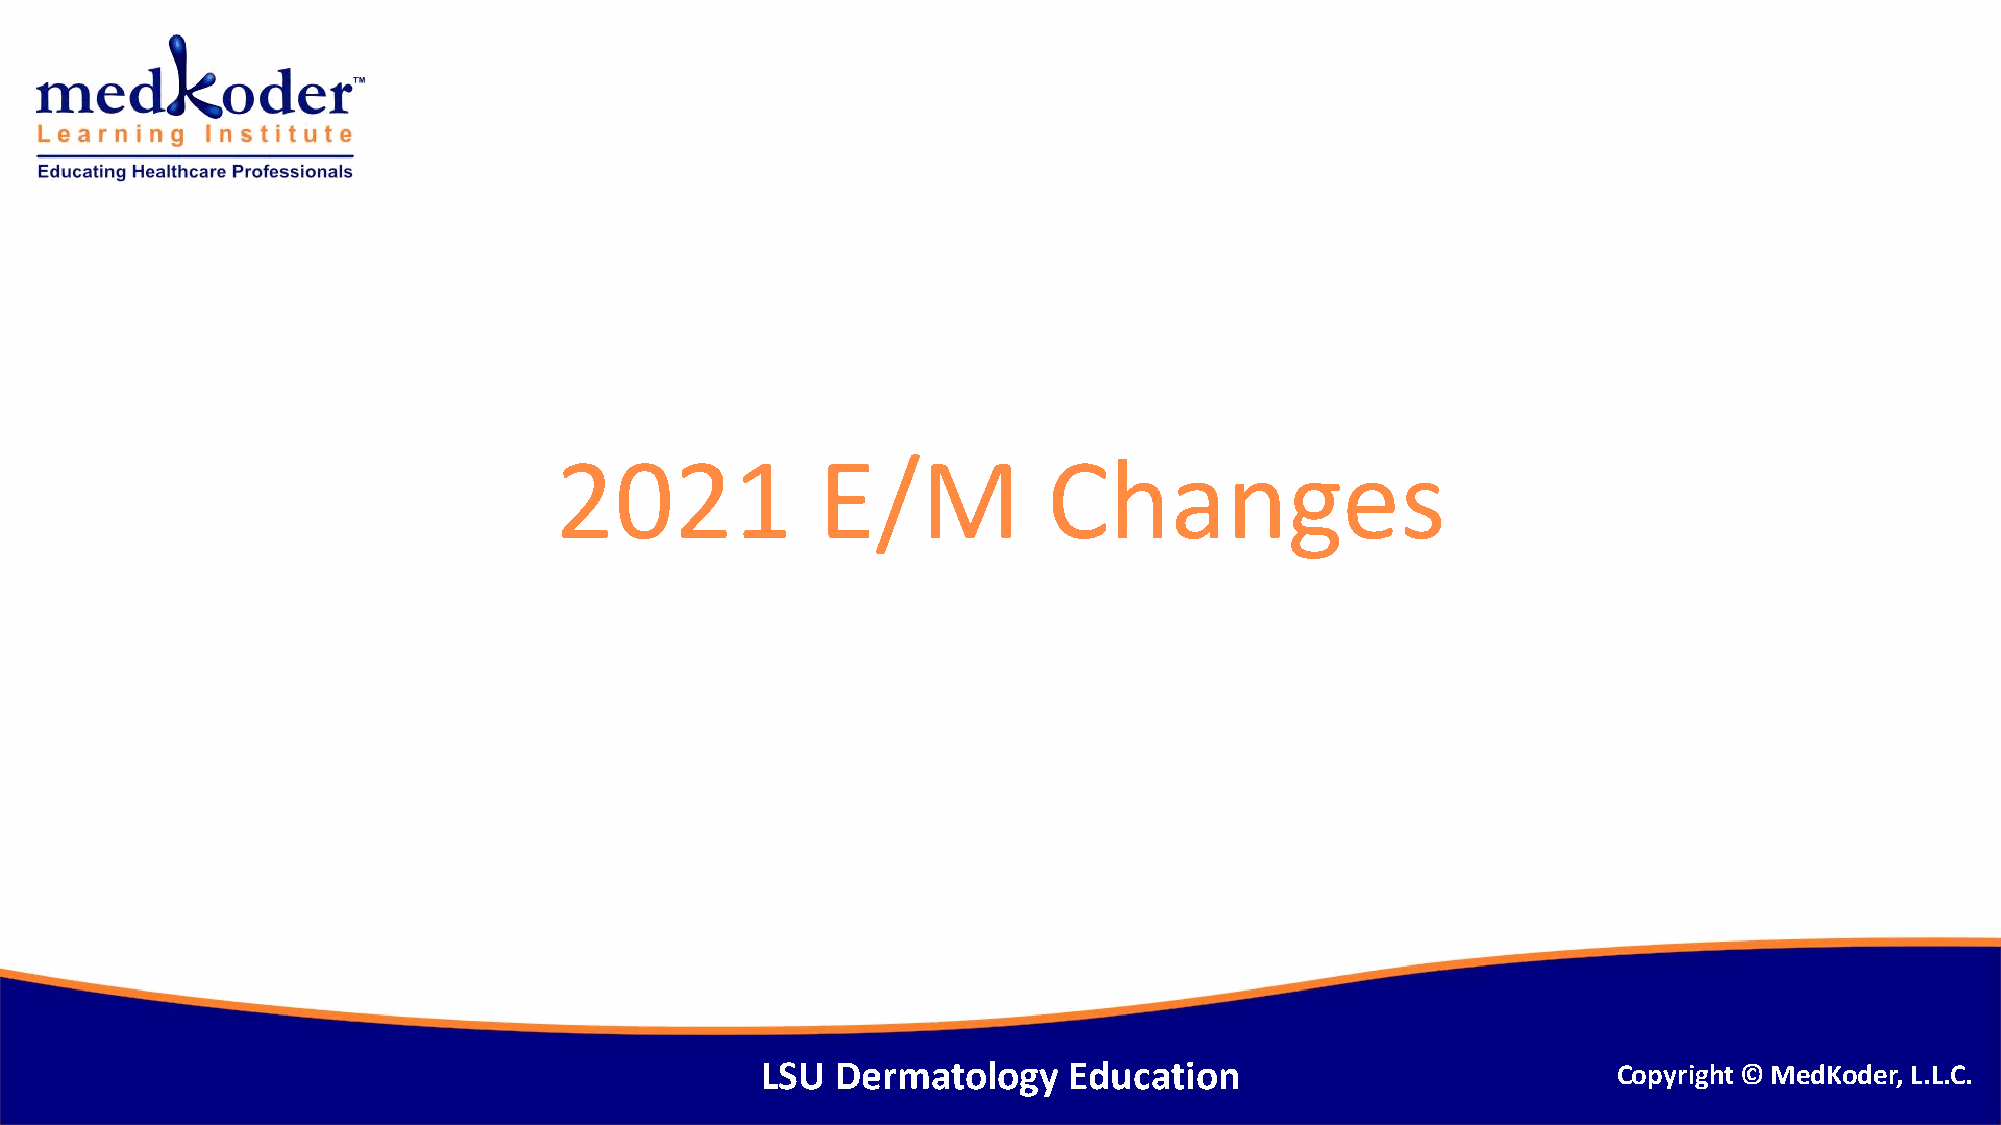
2021             E/M            Changes
 LSU  Dermatology     Education                           Copyright © MedKoder, L.L.C.